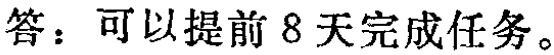
答：可以提前 8 天完成任务。